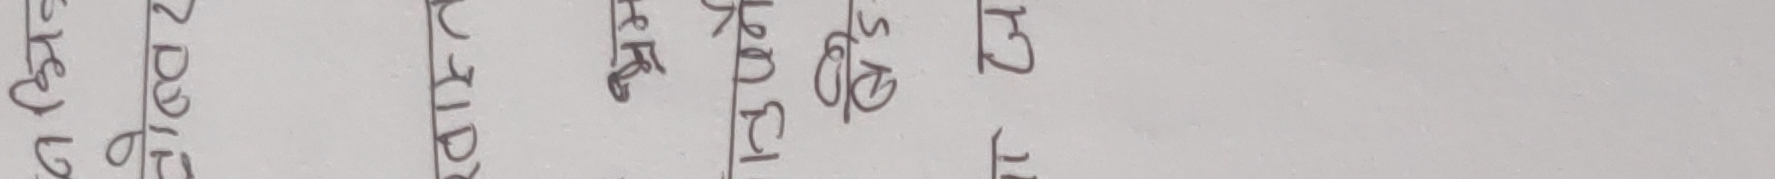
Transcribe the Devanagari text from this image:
अनुक्रम २०१६ स्रोत आर्थिक कारोबार अवस्था घटना